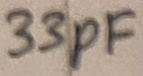
Text: 33pF